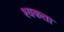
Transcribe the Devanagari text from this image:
श्यकता